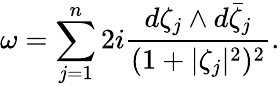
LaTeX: \omega=\sum_{j=1}^{n}2i\frac{d\zeta_{j}\wedge d\bar{\zeta}_{j}}{(1+|\zeta_{j}|^{2})^{2}}.